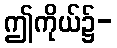
ဤကိုယ်၌-